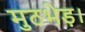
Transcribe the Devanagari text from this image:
मुठभेड़।